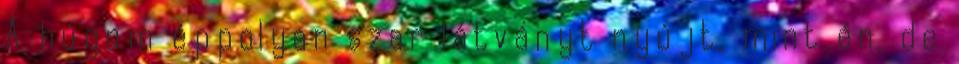
A húgom éppolyan szar látványt nyújt, mint én, de